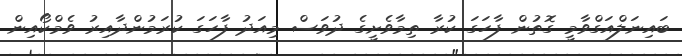
ބައިނަލްއަގްވާމީ ގޮތުން ފާހަގަ ކުރާ ތިމާވެށީގެ ދުވަސް މިއަދު ފާހަގަ ކުރަމުންދާއިރު ވެމްކޯއިން